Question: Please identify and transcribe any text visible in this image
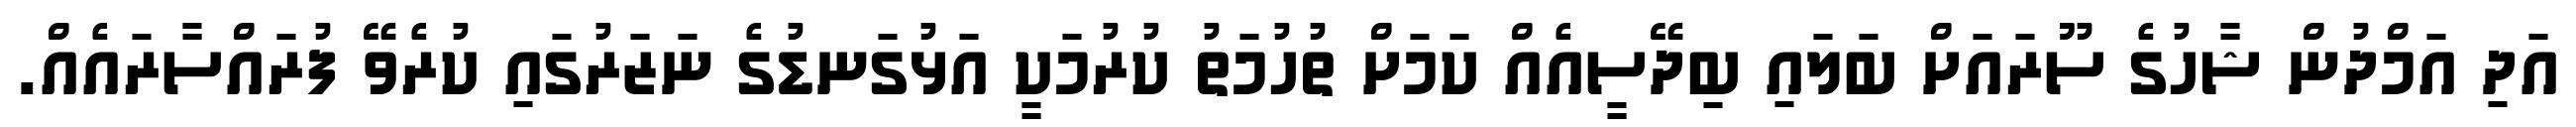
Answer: އަދި އަމްދުން ޝާހުގެ ސޫރައަށް ބަލައި ބިދޭސީއެއް ކަމަށް ތުހުމަތު ކުރުމަކީ އަޅުގަނޑުގެ ނަޒަރުގައި ކުރެވޭ ފުރައްސާރައެއް.